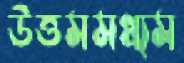
উত্তমমধ্যম